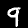
Digit: 9